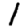
Digit: 1